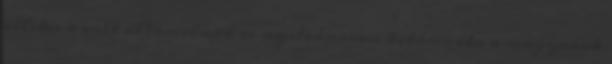
illetve a volt államelnök is nyilvánosan kitámadta a magyarok